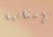
الإمكانية